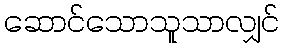
ဆောင်သောသူသာလျှင်